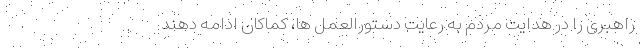
راهبری را در هدایت مردم به رعایت دستورالعمل ها، کماکان ادامه دهند